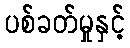
ပစ်ခတ်မှုနှင့်